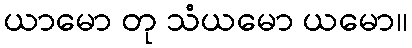
ယာမော တု သံယမော ယမော။